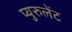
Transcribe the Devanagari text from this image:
प्युरुलेंट